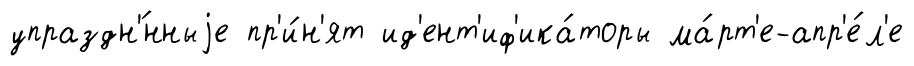
упраздн'́нныjе пр'и́н'ят ид'ент'иф'ика́торы ма́рт'е-апр'е́л'е